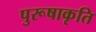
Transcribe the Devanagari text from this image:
पुरूषाकृति